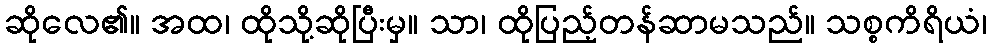
ဆိုလေ၏။ အထ၊ ထိုသို့ဆိုပြီးမှ။ သာ၊ ထိုပြည့်တန်ဆာမသည်။ သစ္စကိရိယံ၊